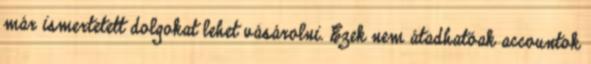
már ismertetett dolgokat lehet vásárolni. Ezek nem átadhatóak accountok